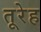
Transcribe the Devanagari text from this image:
तूरेह